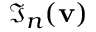
\Im _ { n } ( { \bf { v } } )